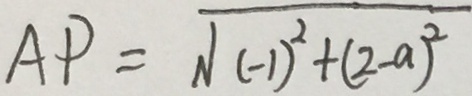
A P = \sqrt { ( - 1 ) ^ { 2 } + ( 2 - a ) ^ { 2 } }